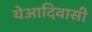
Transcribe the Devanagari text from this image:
येआदिवासी